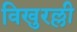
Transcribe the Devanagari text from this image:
विखुरल्ली